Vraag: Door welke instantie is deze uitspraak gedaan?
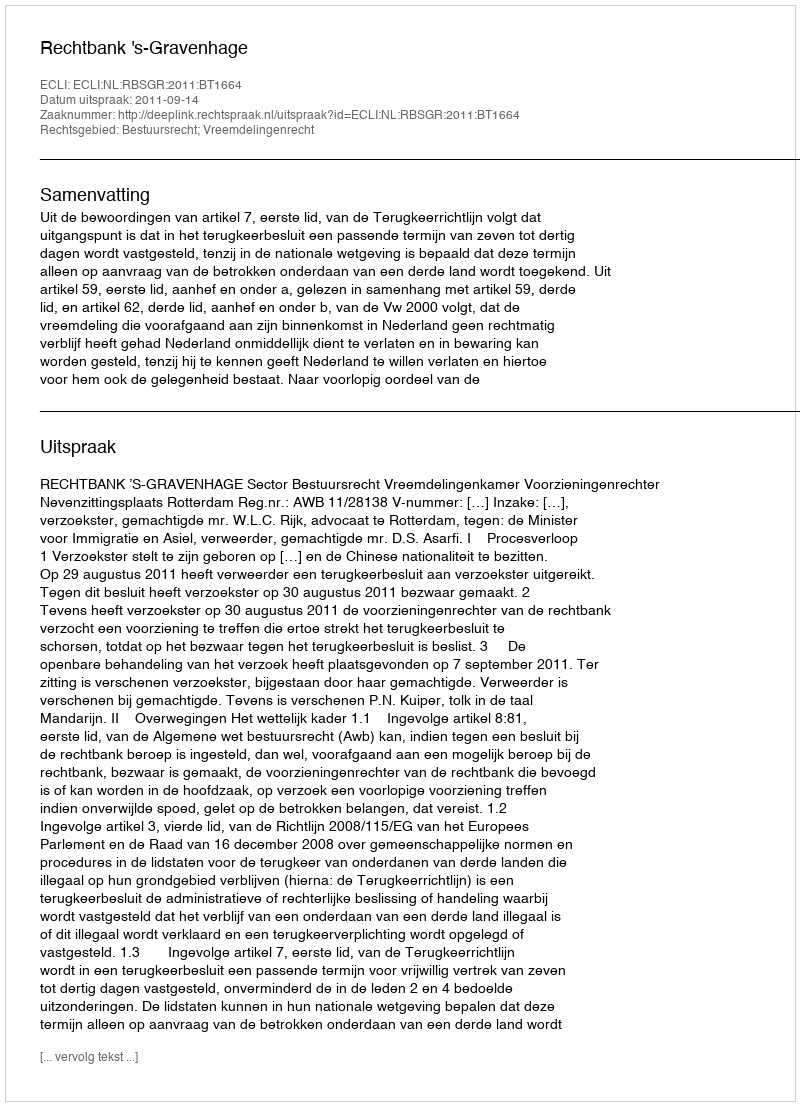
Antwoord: Rechtbank 's-Gravenhage